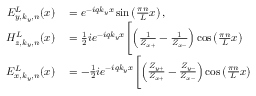
\begin{array} { r l } { E _ { y , k _ { y } , n } ^ { L } ( x ) } & { { } = e ^ { - i q k _ { y } x } \sin \left( \frac { \pi n } { L } x \right) , } \\ { H _ { z , k _ { y } , n } ^ { L } ( x ) } & { { } = \frac { 1 } { 2 } i e ^ { - i q k _ { y } x } \Biggl [ \left( \frac { 1 } { Z _ { x + } } - \frac { 1 } { Z _ { x - } } \right) \cos \left( \frac { \pi n } { L } x \right) } \\ { E _ { x , k _ { y } , n } ^ { L } ( x ) } & { { } = - \frac { 1 } { 2 } i e ^ { - i q k _ { y } x } \Biggl [ \left( \frac { Z _ { y + } } { Z _ { x + } } - \frac { Z _ { y - } } { Z _ { x - } } \right) \cos \left( \frac { \pi n } { L } x \right) } \end{array}